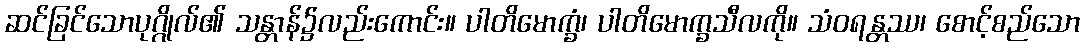
ဆင်ခြင်သောပုဂ္ဂိုလ်၏ သန္တာန်၌လည်းကောင်း။ ပါတိမောက္ခံ၊ ပါတိမောက္ခသီလကို။ သံဝရန္တဿ၊ စောင့်စည်သော